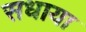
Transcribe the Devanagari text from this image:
सधाया